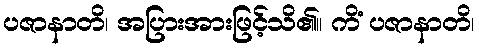
ပဇာနာတိ၊ အပြားအားဖြင့်သိ၏။ ကိံ ပဇာနာတိ၊